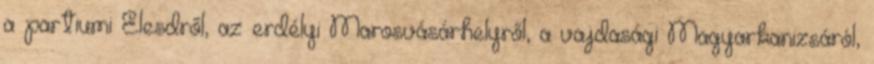
a partiumi Élesdről, az erdélyi Marosvásárhelyről, a vajdasági Magyarkanizsáról,